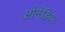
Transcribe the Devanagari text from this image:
ओनेंडिया